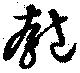
匏